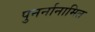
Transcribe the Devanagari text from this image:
पुनर्नानामित